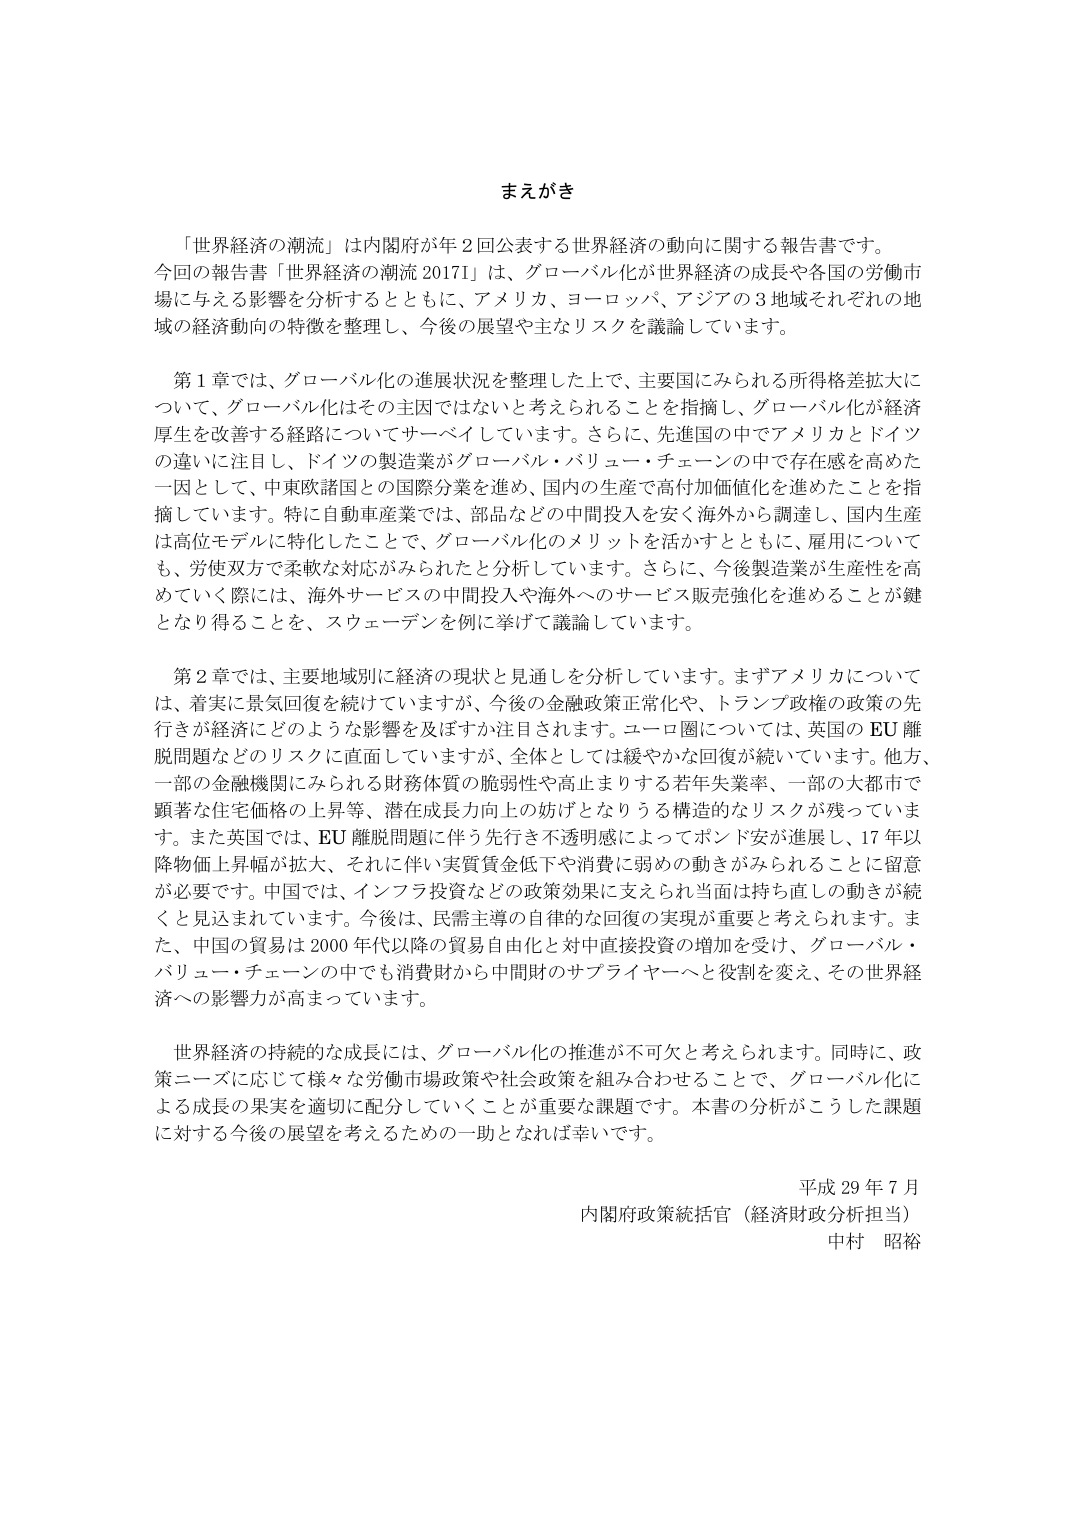
まえがき

「世界経済の潮流」は内閣府が年２回公表する世界経済の動向に関する報告書です。今回の報告書「世界経済の潮流2017I」は、グローバル化が世界経済の成長や各国の労働市場に与える影響を分析するとともに、アメリカ、ヨーロッパ、アジアの３地域それぞれの地域の経済動向の特徴を整理し、今後の展望や主なリスクを議論しています。

第１章では、グローバル化の進展状況を整理した上で、主要国にみられる所得格差拡大について、グローバル化はその主因ではないと考えられることを指摘し、グローバル化が経済厚生を改善する経路についてサーベイしています。さらに、先進国の中でアメリカとドイツの違いに注目し、ドイツの製造業がグローバル・バリュー・チェーンの中で存在感を高めた一因として、中東欧諸国との国際分業を進め、国内の生産で高付加価値化を進めたことを指摘しています。特に自動車産業では、部品などの中間投入を安く海外から調達し、国内生産は高価モデルに特化したことで、グローバル化のメリットを活かすとともに、雇用についても、労使双方で柔軟な対応がみられたと分析しています。さらに、今後製造業が生産性を高めていく際には、海外サービスの中間投入や海外へのサービス販売強化を進めることが鍵となり得ることを、スウェーデンを例に挙げて議論しています。

第２章では、主要地域別に経済の現状と見通しを分析しています。まずアメリカについては、着実に景気回復を続けていますが、今後の金融政策正常化や、トランプ政権の政策の先行きが経済にどのような影響を及ぼすか注目されます。ユーロ圏については、英国のEU離脱問題などのリスクに直面していますが、全体としては緩やかな回復が続いています。他方、一部の金融機関にみられる財務体質の脆弱性や高止まりする若年失業率、一部の大都市で顕著な住宅価格の上昇等、潜在成長力向上の妨げとなりうる構造的なリスクが残っています。また英国では、EU離脱問題に伴う先行き不透明感によってボンド安が進展し、17年以降物価上昇幅が拡大、それに伴い実質賃金低下や消費に弱めの動きがみられることに留意が必要です。中国では、インフラ投資などの政策効果に支えられ当面は持ち直しの動きが続くと見込まれています。今後は、民需主導の自律的な回復の実現が重要と考えられます。また、中国の貿易は2000年代以降の貿易自由化と対中直接投資の増加を受け、グローバル・バリュー・チェーンの中でも消費財から中間財のサプライヤーへと役割を変え、その世界経済への影響力が高まっています。

世界経済の持続的な成長には、グローバル化の推進が不可欠と考えられます。同時に、政策ニーズに応じて様々な労働市場政策や社会政策を組み合わせることで、グローバル化による成長の果実を適切に配分していくことが重要な課題です。本書の分析がこうした課題に対する今後の展望を考えるための一助となれば幸いです。

平成29年7月
内閣府政策統括官（経済財政分析担当）
中村 昭裕